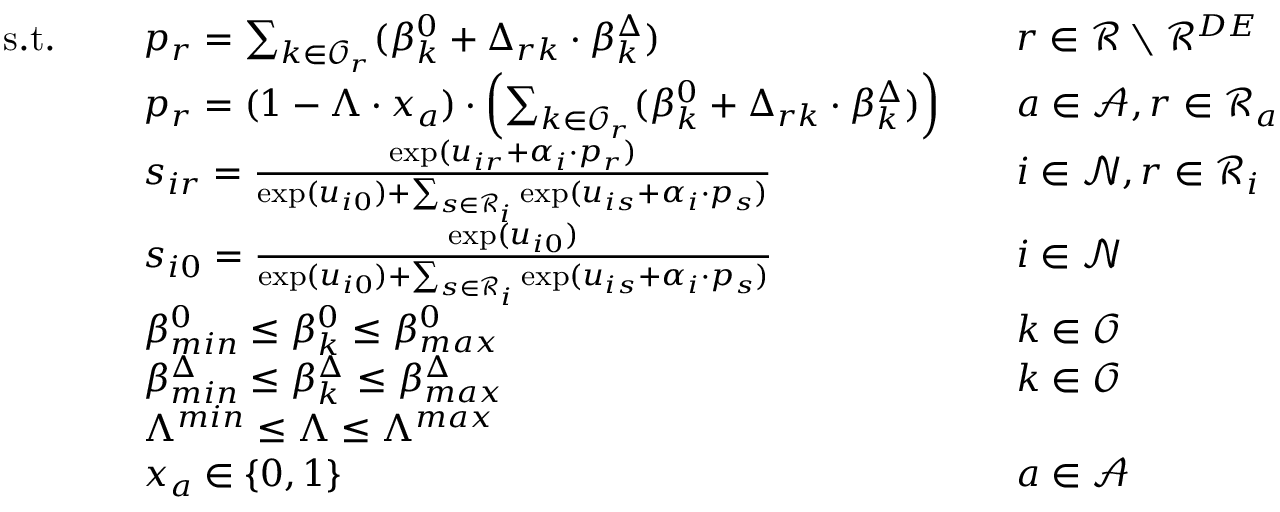
\begin{array} { r l r l } { \mathrm { s . t . ~ } \quad } & { p _ { r } = \sum _ { k \in \mathcal { O } _ { r } } ( \beta _ { k } ^ { 0 } + \Delta _ { r k } \cdot \beta _ { k } ^ { \Delta } ) } & & { r \in \mathcal { R } \setminus \mathcal { R } ^ { D E } } \\ & { p _ { r } = ( 1 - \Lambda \cdot x _ { a } ) \cdot \left( \sum _ { k \in \mathcal { O } _ { r } } ( \beta _ { k } ^ { 0 } + \Delta _ { r k } \cdot \beta _ { k } ^ { \Delta } ) \right) } & & { a \in \mathcal { A } , r \in \mathcal { R } _ { a } } \\ & { s _ { i r } = \frac { \exp ( u _ { i r } + \alpha _ { i } \cdot p _ { r } ) } { \exp ( u _ { i 0 } ) + \sum _ { s \in \mathcal { R } _ { i } } \exp ( u _ { i s } + \alpha _ { i } \cdot p _ { s } ) } } & & { i \in \mathcal { N } , r \in \mathcal { R } _ { i } } \\ & { s _ { i 0 } = \frac { \exp ( u _ { i 0 } ) } { \exp ( u _ { i 0 } ) + \sum _ { s \in \mathcal { R } _ { i } } \exp ( u _ { i s } + \alpha _ { i } \cdot p _ { s } ) } } & & { i \in \mathcal { N } } \\ & { \beta _ { m i n } ^ { 0 } \leq \beta _ { k } ^ { 0 } \leq \beta _ { m a x } ^ { 0 } } & & { k \in \mathcal { O } } \\ & { \beta _ { m i n } ^ { \Delta } \leq \beta _ { k } ^ { \Delta } \leq \beta _ { m a x } ^ { \Delta } } & & { k \in \mathcal { O } } \\ & { \Lambda ^ { m i n } \leq \Lambda \leq \Lambda ^ { m a x } } \\ & { x _ { a } \in \{ 0 , 1 \} } & & { a \in \mathcal { A } } \end{array}